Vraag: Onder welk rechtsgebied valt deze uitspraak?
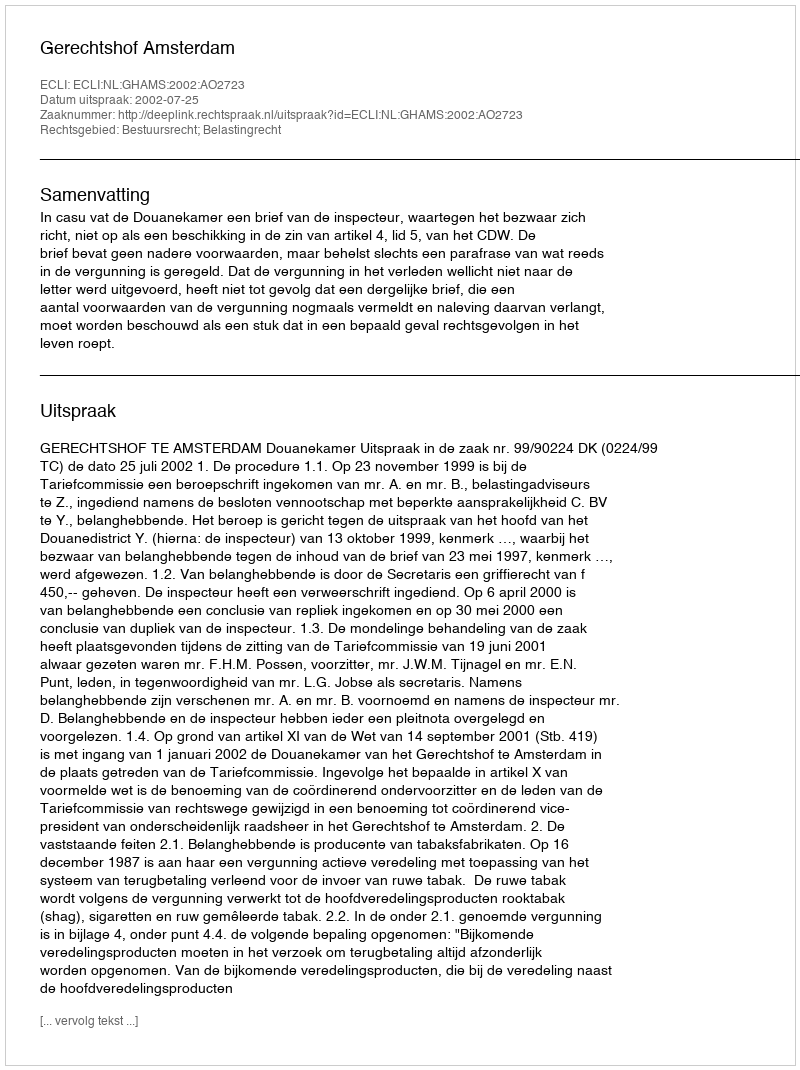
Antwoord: Bestuursrecht; Belastingrecht